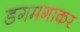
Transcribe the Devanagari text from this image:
डगमगाकर